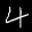
Label: 4